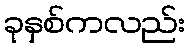
ခုနှစ်ကလည်း